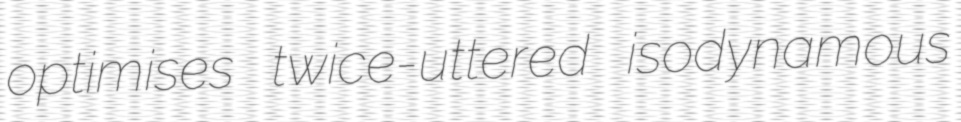
optimises twice-uttered isodynamous